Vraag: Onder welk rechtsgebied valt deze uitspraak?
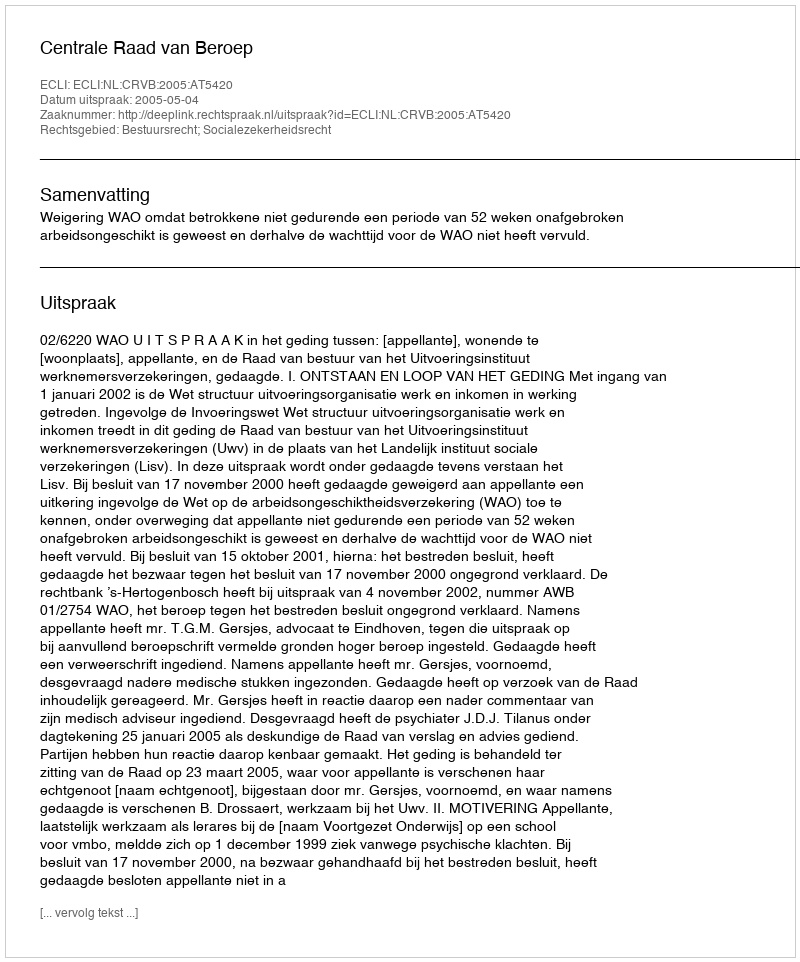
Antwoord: Bestuursrecht; Socialezekerheidsrecht